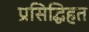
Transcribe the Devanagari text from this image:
प्रसिद्धिहत